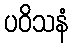
ပဝိသနံ